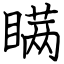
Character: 瞒